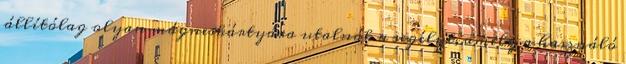
állítólag olyan mágneskártyára utalnák a segélyt, amely a használó